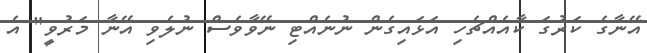
އޭނާގެ ކަރުގަ ކާއެއްޗެހި އަޅައިގެން ނުނެއްޓި ނޭވާވެސް ނުލެވި އޭނާ މަރުވީ" އެ